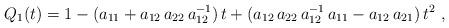
LaTeX: \begin{align*}Q_1(t) = 1 - (a_{11} + a_{12}\,a_{22}\,a_{12}^{-1})\,t + (a_{12}\,a_{22}\,a_{12}^{-1}\,a_{11} - a_{12}\,a_{21})\,t^2 \ ,\end{align*}